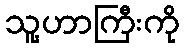
သူ့ဟာကြီးကို